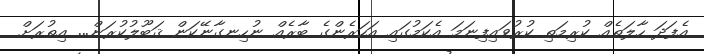
އެފަދަ ހާލަތެއް ކުރިމަތި ކުރުވައިފިނަމަ އެކަމުގައި އަހަރެންގެ ބާރެއް ނުހިނގާނޭކަން ޤަބޫލުކުރަން... އިތުރަށް